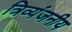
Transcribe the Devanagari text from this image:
त्रिव्यंजनीय